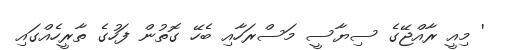
' މިއީ ރާއްޖޭގެ ސިޔާސީ މަސްރަހާއި ބެހޭ ގޮތުން ފަހުގެ ތާރީހެއްގައި